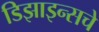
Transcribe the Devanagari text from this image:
डिझाइन्सचे